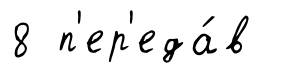
8 п'ер'еда́в